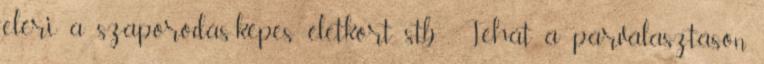
eléri a szaporodás-képes életkort, stb. . Tehát a párválasztáson